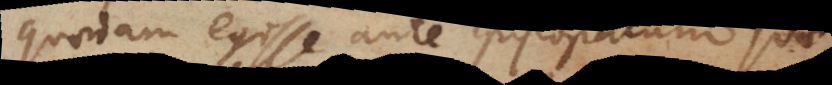
quadam egisse ante Episcopatum quae